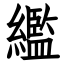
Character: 繿